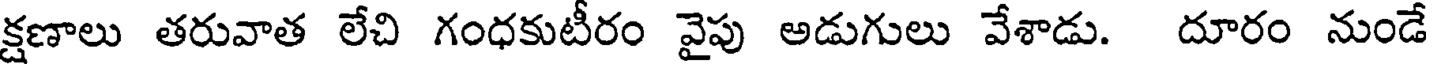
క్షణాలు తరువాత లేచి గంధకుటీరం వైపు అడుగులు వేశాడు. దూరం నుండే